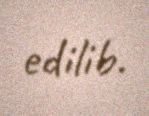
edilib.